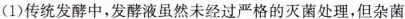
(1)传统发酵中，发酵液虽然未经过严格的灭菌处理，但杂菌